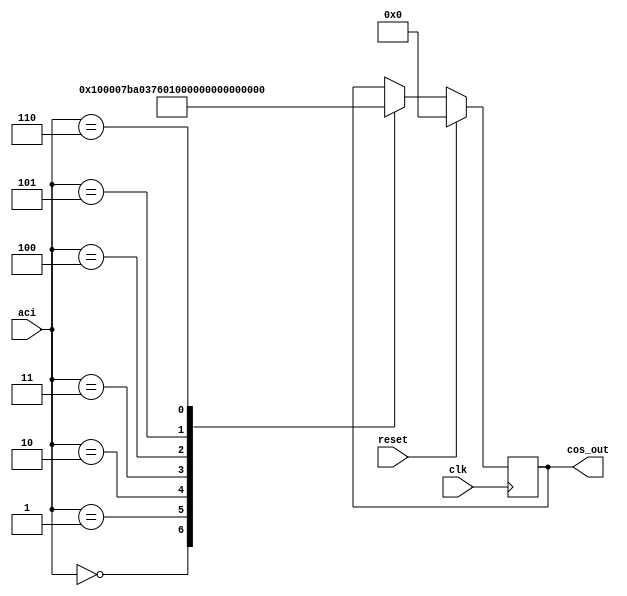
`timescale 1ns / 1ps

module CosLookUp(clk, reset,aci,cos_out);

input reset;
input [2:0] aci; // 
output reg signed [16:0] cos_out;
input clk;

always@(posedge clk) begin

    if (reset)cos_out<= 17'd0;
    else begin
    case(aci)
        3'b000 : cos_out  <= 17'b0000001_0000000000; //0 *
        
      //3'b001 : cos_out  <= 17'b1111111_0011110110; //15
        3'b001 : cos_out  <= 17'b0000000_1111011101; //15 **
        
      //3'b010 : cos_out  <= 17'b0000000_0010011101; //30
        3'b010 : cos_out  <= 17'b0000000_1101110110; //30 **
                                      
        3'b011 : cos_out  <= 17'b0000000_1011100000; //45 **
        
      //3'b100 : cos_out  <= 17'b1111111_0000110000; //60
        3'b100 : cos_out  <= 17'b0000000_1000000000; //60 **
        
      //3'b101 : cos_out  <= 17'b0000000_1010101111; //75
        3'b101 : cos_out  <= 17'b0000000_0100001001; //75 **
        
      //3'b110 : cos_out  <= 17'b1111111_1000110101; //90
        3'b110 : cos_out  <= 17'b0000000_0000000000; //90 **
     endcase
     end    
end
endmodule